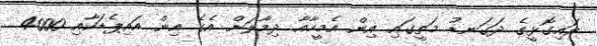
ވައިގޮޅީގެ ދަގަނޑު މަތީގައި އިން އެމީހާއާ ދިމާލަށް އެގެ އިން އައިޕެޑަކާއި 4000